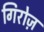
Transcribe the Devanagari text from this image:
गिरोज़